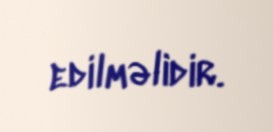
edilməlidir.